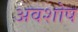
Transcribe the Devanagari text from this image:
अवशोष